Newspaper: The Newberry herald. [volume]
Place of publication: Newberry, S.C.
Publisher: Thomas F. and R.H. Greneker
Date: 1870-03-09 00:00:00
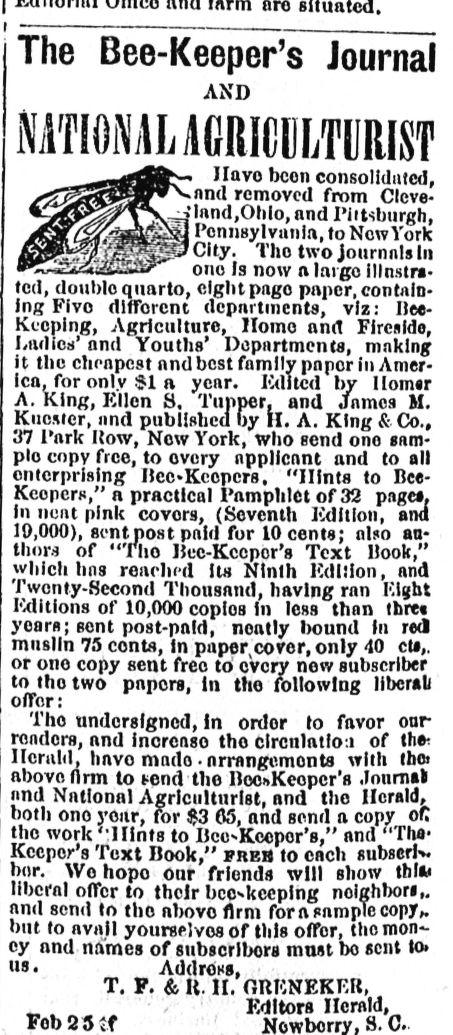
Advertisement text (OCR):
are The Bee-Keeper's Journal AND NATIONAL AGIll()LUlllST IInvo been consolidated, and removed from Cleve 'land,Ohlo, and Pittrgh, Pennsylvatila, to NewYor City. The two jouarnais in one is nowv a lar-go illnatra ted, doutbie qario, eiht page paper, contain lng Five diffrent dpartments, viz: liee. Keeping, Agriculture, IIome and Fireside, L4aud e and Youths' De,partments, making it the cheuapest and best family paper ini Ameor lea for only $1 a year. Edited by omer A. king, Ellen S, Tupper, and James M1. Knester, and published HyI. A. King & Co., 37 Park Ilow, New York, who send one sam pie copy free, to every applicant and to all enterprising Bee-Keepers, "IIints to Bee Keepers," a practical Pamphlet of 32 pages, in neat pink covers, (Seventh Edition, and 19,000), sent p Oat paid for 10 cent.; also au thors of "The Jiee-Kceper's Text Book," which has reached its Ninth Edition, an'd Twenty-Second Thousand, having ran Eight Editions of 10,000 copies in less than three years; sent peat-paid, neatly bound in red munslin 75 cents, inpaper,cover, only 40 eta,. or one copy sent fee to eovcr new subscriber to the two papers, in the fllowing liberabi offer: The undersigned, in order to favor ear readers, and increase the circulatlo:s of the. IIerald, have made - arrangemnts with the, above firm to send the BeKeeper's Journal and National Agriculturist, and the Herald, both one ya, or $3 65, and send a cer ofk the work i nts to Bee-Keeper's," and'Th. Text Book," maus to each subsetri her. We hope our friends will show this a liberal offer to their beskeeping neighbor',. anti senld to the above dirm for asampie Copy,. bitt to avail yourselves of this offer, the mon ey and nuimnes of stubscribers must be sent tO, uts. Address, T. F. & iR. II. GRIENEKER, FAlters IIera'ld,
Label: illustrations